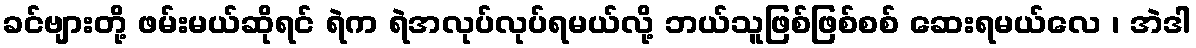
ခင်ဗျားတို့ ဖမ်းမယ်ဆိုရင် ရဲက ရဲအလုပ်လုပ်ရမယ်လို့ ဘယ်သူဖြစ်ဖြစ်စစ် ဆေးရမယ်လေ ၊ အဲဒါ